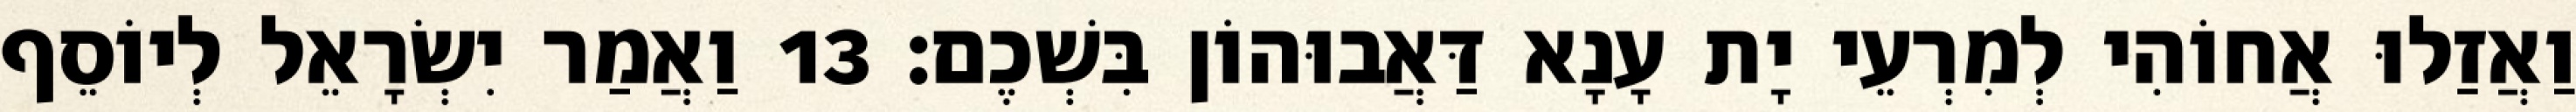
וַאֲזַלוּ אֲחוֹהִי לְמִרְעֵי יָת עָנָא דַּאֲבוּהוֹן בִּשְׁכֶם׃ 13 וַאֲמַר יִשְׂרָאֵל לְיוֹסֵף